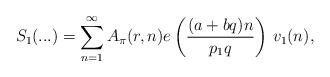
LaTeX: \begin{align*}S_1(...) = \sum_{n=1}^{\infty}A_{\pi}(r,n)e\left(\frac{(a+bq)n}{p_1q }\right) \,v_1(n),\end{align*}